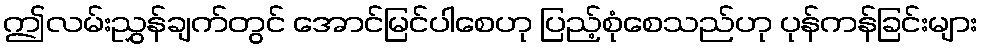
ဤလမ်းညွှန်ချက်တွင် အောင်မြင်ပါစေဟု ပြည့်စုံစေသည်ဟု ပုန်ကန်ခြင်းများ